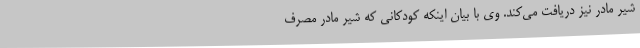
شیر مادر نیز دریافت می‌کند. وی با بیان اینکه کودکانی که شیر مادر مصرف